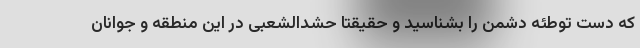
که دست توطئه دشمن را بشناسید و حقیقتاً حشدالشعبی در این منطقه و جوانان